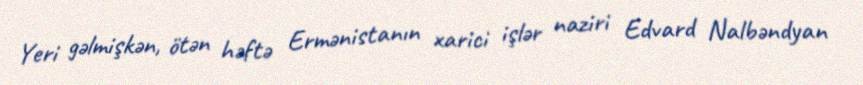
Yeri gəlmişkən, ötən həftə Ermənistanın xarici işlər naziri Edvard Nalbəndyan